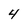
Character: 4